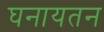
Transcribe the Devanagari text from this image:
घनायतन